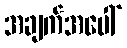
အချက်အပေါ်